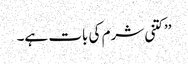
’’کتنی شرم کی بات ہے۔